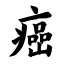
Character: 癌